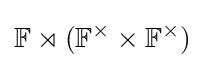
\mathbb {F} \rtimes (\mathbb {F} ^{\times }\times \mathbb {F} ^{\times })